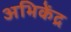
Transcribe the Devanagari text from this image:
अभिकेंद्र